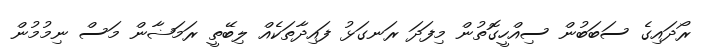
ރޯދައިގެ ސަބަބުން ސިއްހީގޮތުން މިފަދަ ރަނގަޅު ފައިދާތަކެއް ލިބޭތީ ރަމަޟާން މަސް ނިމުމުން